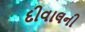
દીવાલની